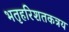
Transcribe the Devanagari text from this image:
भतृहरिशतकत्रय